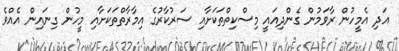
އަދި އެމީހުން ރާވަމުން ގެންދިއައީ މިސްކިތްތަކަށާއި ސަރުކާރުގެ އިމާރާތްތަކަށާއި މީހުން ގިނައިން އެއްވެ